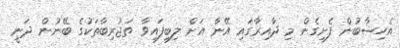
އެހިސާބުން ފެށިގެން މި ދާއިރާގައި އޭނާ އަށް ލިބިފައިވާ ތަޖުރިބާތަކުގެ ބޭނުން ދަނީ